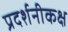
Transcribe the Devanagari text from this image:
प्रदर्शनीकक्ष